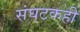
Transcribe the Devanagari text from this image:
संघटकही